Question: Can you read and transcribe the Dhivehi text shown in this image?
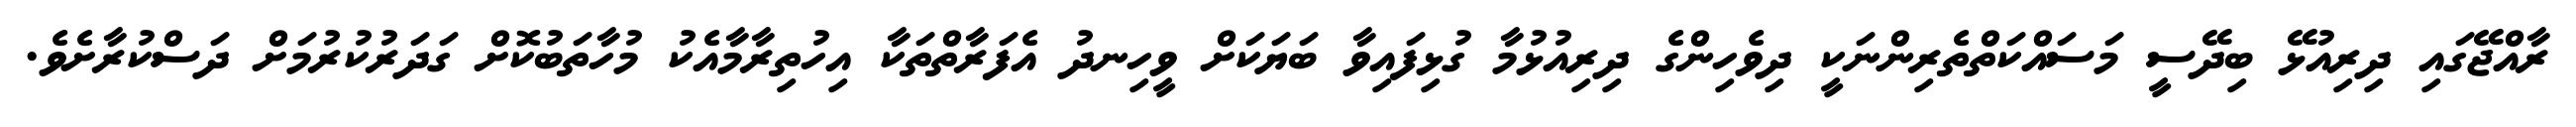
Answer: ރާއްޖޭގައި ދިރިއުޅޭ ބިދޭސީ މަސައްކަތްތެރިންނަކީ ދިވެހިންގެ ދިރިއުޅުމާ ގުޅިފައިވާ ބަޔަކަށް ވީހިނދު އެފަރާތްތަކާ އިހުތިރާމާއެކު މުހާތަބުކޮށް ގަދަރުކުރުމަށް ދަސްކުރާށެވެ.